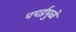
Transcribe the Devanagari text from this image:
पपईमुळे